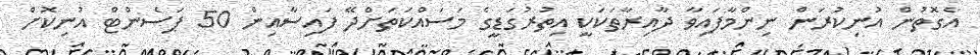
އެގޮތުން އުނިކުރަން ނިންމާފައިވާ ދާއިރާތަކަކީ އިތުރުގަޑީގެ މަސައްކަތަށްދޭ ފައިސާއިން 50 ޕަސެންޓް އުނިކޮށް